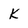
Character: K